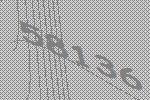
58136